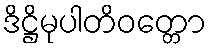
ဒိဋ္ဌိမုပါတိဝတ္တော